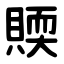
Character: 䞂